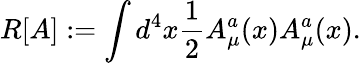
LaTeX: R[A]:=\int d^{4}x{\frac{1}{2}}A_{\mu}^{a}(x)A_{\mu}^{a}(x).